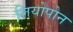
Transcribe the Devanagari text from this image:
लियोपोन